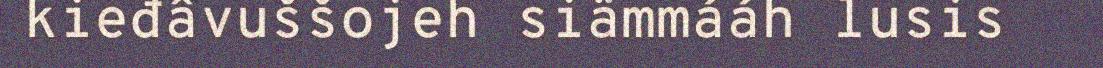
kieđâvuššojeh siämmááh lusis